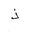
Letter: _thal